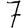
Digit: 7